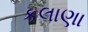
કલાણા